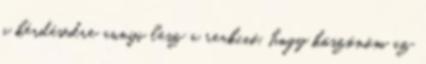
a kérdésedre annyi lesz a reakció, hogy köszönöm az